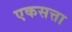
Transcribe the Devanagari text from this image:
एकसत्ता